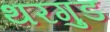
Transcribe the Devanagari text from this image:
थरगुड